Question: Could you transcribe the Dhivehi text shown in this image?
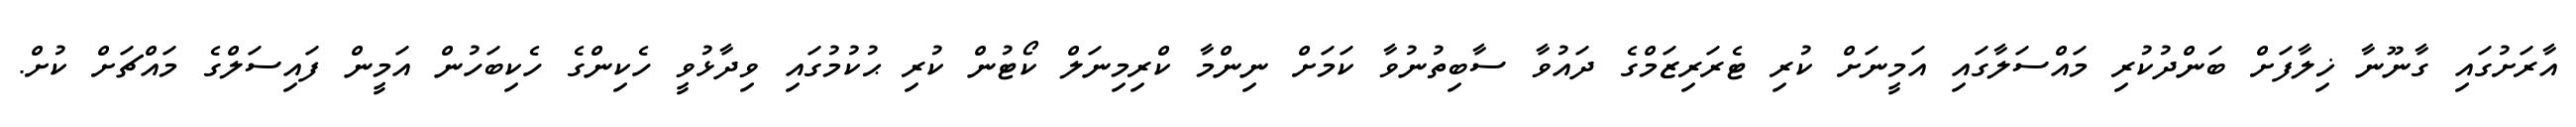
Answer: އާރަށުގައި ގާނޫނާ ޚިލާފަށް ބަންދުކުރި މައްސަލާގައި އަމީނަށް ކުރި ޓެރަރިޒަމްގެ ދައުވާ ސާބިތުނުވާ ކަމަށް ނިންމާ ކްރިމިނަލް ކޯޓުން ކުރި ޙުކުމުގައި ވިދާޅުވީ ހެކިންގެ ހެކިބަހުން އަމީން ފައިސަލްގެ މައްޗަށް ކުށް.